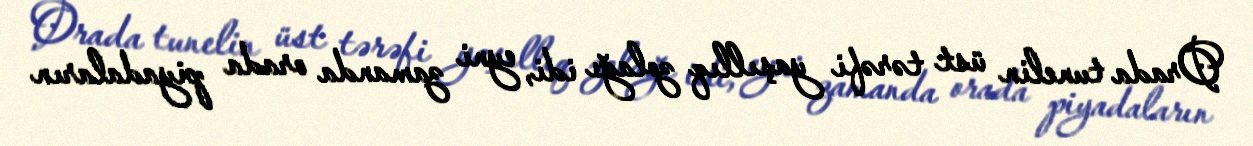
Orada tunelin üst tərəfi yaşıllıq zolağı idi, eyni zamanda orada piyadaların